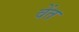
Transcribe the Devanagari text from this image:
वेंत